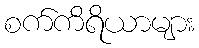
စက်ကိရိယာများ